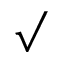
\surd